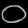
Digit: ၀